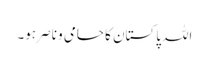
اللہ پاکستان کا حامی و ناصر ہو۔